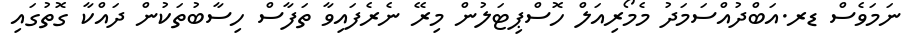
ނަމަވެސް ޑރ.އަބްދުއްސަމަދު މެމޯރިއަލް ހޮސްޕިޓަލުން މިރޭ ނެރެފައިވާ ތަފާސް ހިސާބުތަކުން ދައްކާ ގޮތުގައި